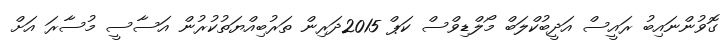
ގޮވުންނައިބު ރައީސް އަދީބުކްލަބް މޯލްޑިވްސް ކަޕް 2015ދަރިން ތަރުބިއްޔަތުކުރުން އަސާސީ މުސާރަ އަށް